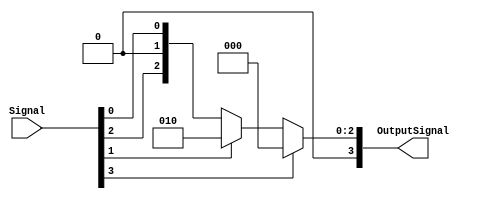
module ClippedReLU (
  input  wire [3:0] Signal,
  output wire [3:0] OutputSignal
);
  assign OutputSignal = Signal[3]? 4'b0000 : (Signal[1]? 4'b0010 : Signal); //Assunming the constant is 2
endmodule